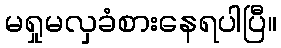
မရှုမလှခံစားနေရပါပြီ။